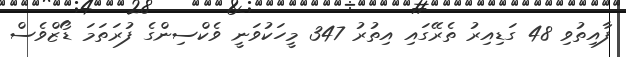
ފާއިތުވި 48 ގަޑިއިރު ތެރޭގައި އިތުރު 347 މީހަކުވަނީ ވެކްސިންގެ ފުރަތަމަ ޑޯޒްވެސް